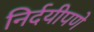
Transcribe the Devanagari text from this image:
निर्दयीपणे